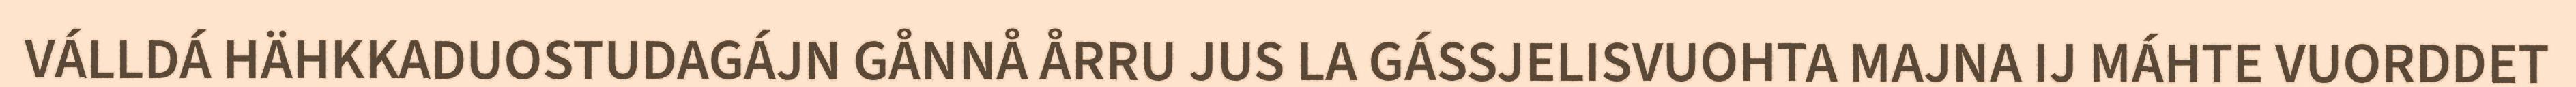
VÁLLDÁ HÄHKKADUOSTUDAGÁJN GÅNNÅ ÅRRU JUS LA GÁSSJELISVUOHTA MAJNA IJ MÁHTE VUORDDET